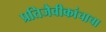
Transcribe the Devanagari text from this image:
प्रतिजैवीकांचाचा